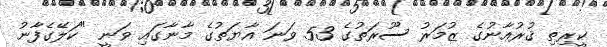
ކީރިތި ޤުރުއާނުގެ ޒުމަރު ސޫރަތުގެ 53 ވަނަ އާޔަތުގެ މާނާގައި ވަނީ "ކަލޭގެފާނު